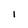
Character: I